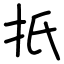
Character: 扺